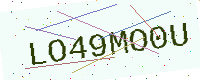
Text: LO49MO0U